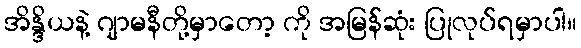
အိန္ဒိယနဲ့ ဂျာမနီတို့မှာတော့ ကို အမြန်ဆုံး ပြုလုပ်ရမှာပါ။